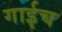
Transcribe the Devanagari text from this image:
गाईच